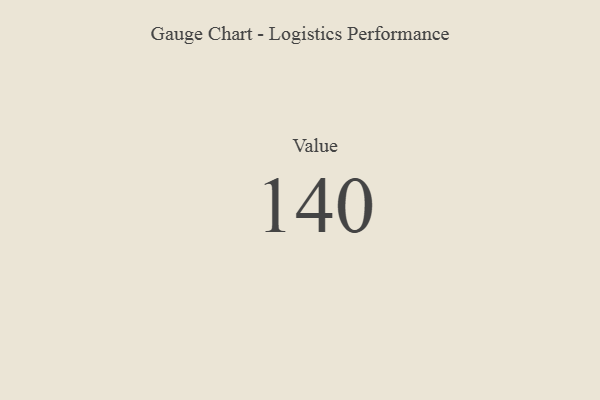
{"axis": {"x": "Metric", "y": "Value"}, "legend": [""], "data": [{"x": "Value", "y": 140, "type": ""}]}